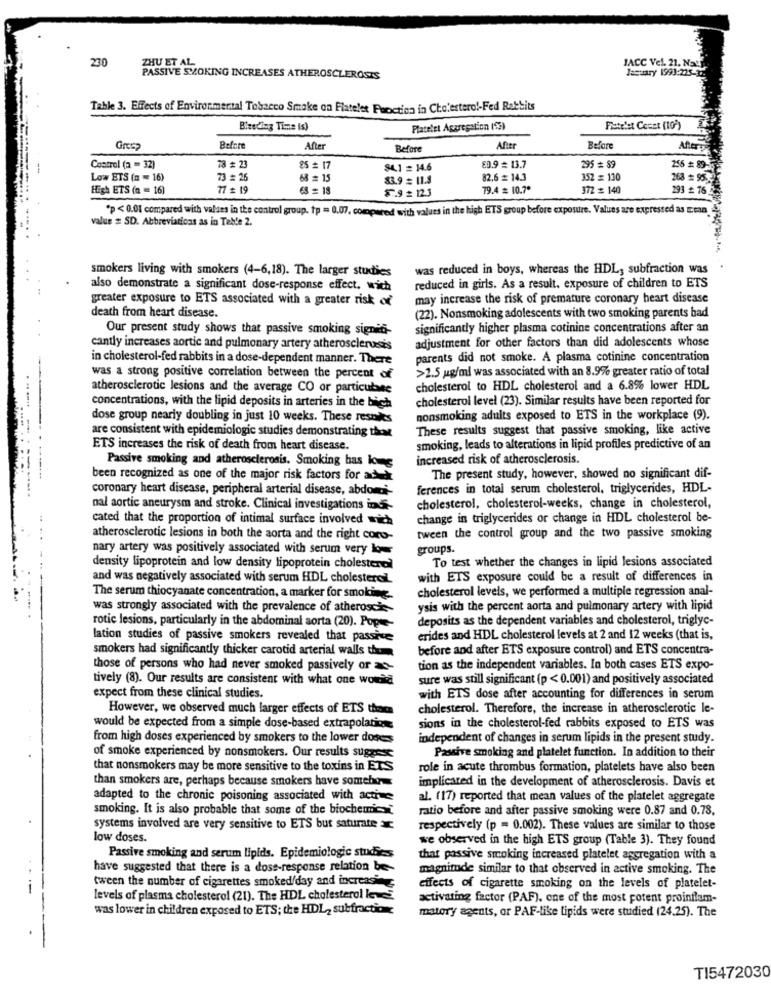
230
ZHU ET AL.
LACC Vel. 21. Na !!
Jaguary 1993:225-32.
PASSIVE SMOKING INCREASES ATHEROSCLEROSIS
Table 3. Effects of Environmental Tobacco Smoke on Flateles Pecction in Cholesterol-Fed Rabbits
Bleeding Time (s)
Platelet Aggregation (S)
Fistelst Count (10)
Before
After
Before
After
Before
After:
78 # 23
Control (a = 32)
85 = 17
84.1 = 14.6
80.9 = 13.7
295 # 89
256 # 89-
Low ETS (n = 16)
73 # 26
68 = 15
83.9 = 11.3
82.6 = 14.3
352 = 130
268 = 95.
High ETS (n = 16)
77 # 19
63 = 18
$.9 =123
79.4 = 10.7º
372 = 140
293 # 76
*p < 0.01 compared with valies in the control group. tp = 0.07. compared with values in the high ETS group before exposure. Values are expressed as Etan
value # SD. Abbreviations as in Table 2.
smokers living with smokers (4-6,18). The larger studies
was reduced in boys, whereas the HDL, subfraction was
also demonstrate a significant dose-response effect. wich
reduced in girls. As a result, exposure of children to ETS
greater exposure to ETS associated with a greater risk of
may increase the risk of premature coronary heart disease
death from heart disease.
(22). Nonsmoking adolescents with two smoking parents bad
Our present study shows that passive smoking signit-
significantly higher plasma cotinine concentrations after an
adjustment for other factors than did adolescents whose
cantly increases aortic and pulmonary artery atherosclerosis
in cholesterol-fed rabbits in a dose-dependent manner. There
parents did not smoke. A plasma cotinine concentration
>2.5 ug/ml was associated with an 8.9% greater ratio of total
was a strong positive correlation between the percent of
atherosclerotic lesions and the average CO or particules
cholesterol to HDL cholesterol and a 6.8% lower HDL
cholesterol level (23). Similar results have been reported for
concentrations, with the lipid deposits in arteries in the bich
dose group nearly doubling in just 10 weeks. These results
nonsmoking adults exposed to ETS in the workplace (9).
are consistent with epidemiologic studies demonstrating that
These results suggest that passive smoking, like active
ETS increases the risk of death from heart disease.
smoking, leads to alterations in lipid profiles predictive of an
increased risk of atherosclerosis.
Passive smoking and atherosclerosis. Smoking bas kog
been recognized as one of the major risk factors for ach
The present study, however, showed no significant dif-
coronary heart disease, peripheral arterial disease, abdomi-
ferences in total serum cholesterol, triglycerides, HDL-
nal aortic aneurysm and stroke. Clinical investigations ind-
cholesterol, cholesterol-weeks, change in cholesterol,
cated that the proportion of intimal surface involved mich
change in triglycerides or change in HDL cholesterol be-
atherosclerotic lesions in both the aorta and the right coro-
tween the control group and the two passive smoking
nary artery was positively associated with serum very low
groups.
To test whether the changes in lipid lesions associated
density lipoprotein and low density lipoprotein cholesterol
and was negatively associated with serum HDL cholesterol
with ETS exposure could be a result of differences in
The serum thiocyanate concentration, a marker for smoking
cholesterol levels, we performed a multiple regression anal-
was strongly associated with the prevalence of atherosc-
ysis with the percent aorta and pulmonary artery with lipid
rotic lesions, particularly in the abdominal aorta (20). Pope-
deposits as the dependent variables and cholesterol, triglyc-
lation studies of passive smokers revealed that passive
erides and HDL cholesterol levels at 2 and 12 weeks (that is,
smokers had significantly thicker carotid arterial walls them
before and after ETS exposure control) and ETS concentra-
those of persons who had never smoked passively or -
tion as the independent variables. In both cases ETS expo-
tively (8). Our results are consistent with what one would
sure was still significant (p < 0.001) and positively associated
expect from these clinical studies.
with ETS dose after accounting for differences in serum
However, we observed much larger effects of ETS than
cholesterol. Therefore, the increase in atherosclerotic le-
would be expected from a simple dose-based extrapolating
sions in the cholesterol-fed rabbits exposed to ETS was
from high doses experienced by smokers to the lower doses
independent of changes in serum lipids in the present study.
Passive smoking and platelet function. In addition to their
of smoke experienced by nonsmokers. Our results suggest
that nonsmokers may be more sensitive to the toxins in ETS
role in acute thrombus formation, platelets have also been
than smokers are, perhaps because smokers have somehow
implicated in the development of atherosclerosis. Davis et
adapted to the chronic poisoning associated with active
al. (17) reported that mean values of the platelet aggregate
smoking. It is also probable that some of the biochemie
ratio before and after passive smoking were 0.87 and 0.78,
systems involved are very sensitive to ETS but saturate
respectively (p = 0.002). These values are similar to those
low doses.
we observed in the high ETS group (Table 3). They found
Passive smoking and serum lipids. Epidemiologic studies
that passive smoking increased platelet aggregation with a
have suggested that there is a doss-response relation be-
magnitude similar to that observed in active smoking. The
tween the number of cigarettes smoked/day and increas"
effects of cigarette smoking on the levels of platelet-
levels of plasma cholesterol (21). The HDL cholesterol le
activating factor (PAF). one of the most potent proinflam-
was lower in children exposed to ETS; the HDL, subfraction
matory agents, or PAF-like lipids were studied (24.25). The
TI5472030